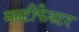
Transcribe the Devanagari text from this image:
मल्टीफैक्टर